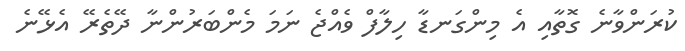
ކުރަންވާނެ ގޮތާއި އެ މިންގަނޑާ ހިލާފް ވެއްޖެ ނަމަ މެންބަރުންނާ ދޭތެރޭ އެޅޭނެ